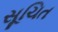
સૂચિત